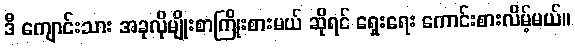
ဒီ ကျောင်းသား အခုလိုမျိုးစာကြိုးစားမယ် ဆိုရင် ရှေးရေး ကောင်းစားလိမ့်မယ်။